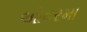
ઓવરમા